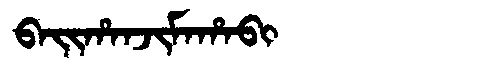
Manchu: ᠪᠠᡳᡥᠠᠨᠵᡳᠮᠠᡥᠠᠪᡳ
Romanization: BAIHANJIMAHABI